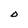
Character: O